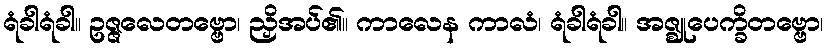
ရံခါရံခါ။ ဥဇ္ဇလေတဗ္ဗော၊ ညှိအပ်၏။ ကာလေန ကာလံ၊ ရံခါရံခါ။ အဇ္ဈုပေက္ခိတဗ္ဗော၊